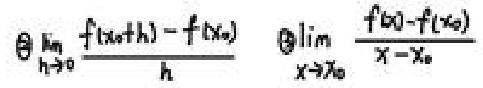
\[ \lim_{h \to 0} \frac{f(x_0 + h) - f(x_0)}{h} \quad \lim_{x \to x_0} \frac{f(x) - f(x_0)}{x - x_0} \]